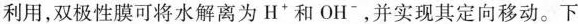
利用，双极性膜可将水解离为H^{+}和OH^{-}，并实现其定向移动。下